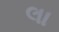
લા